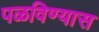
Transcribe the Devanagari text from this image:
पळविण्यास